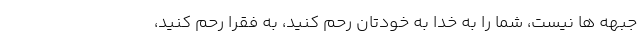
جبهه ها نیست، شما را به خدا به خودتان رحم کنید، به فقرا رحم کنید،